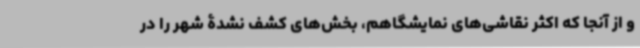
و از آنجا که اکثر نقاشی‌های نمایشگاهم، بخش‌های کشف نشدۀ شهر را در